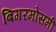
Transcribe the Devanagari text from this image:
बिगरमोसमी